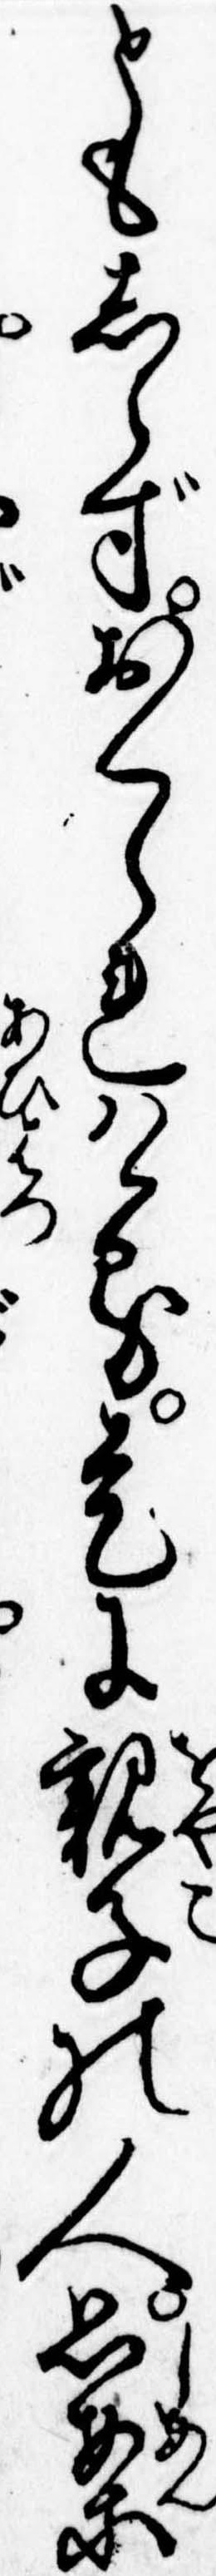
ともしらずおくられける是に親子の人思案